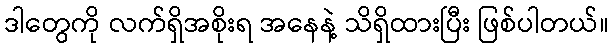
ဒါတွေကို လက်ရှိအစိုးရ အနေနဲ့ သိရှိထားပြီး ဖြစ်ပါတယ်။